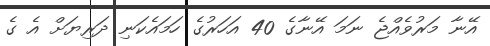
އޭނާ މަރުވެއްޖެ ނަމަ އޭނާގެ 40 އަހަރުގެ ހަމައެކަނި ދަރިޔަށް އެ ގެ